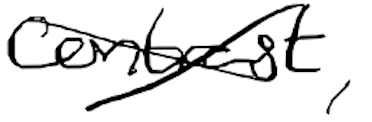
Text: contrast,
Cross-out: cross
Writing tool: digital_black